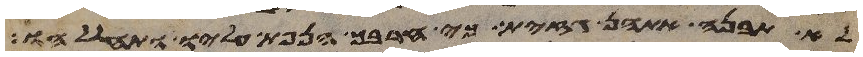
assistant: לא תבנה אתהן גזית כי חרבך הנפת עליו ותחללהו